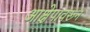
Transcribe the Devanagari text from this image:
आक्षेपावरून